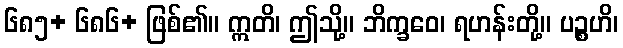
၆၈၅+ ၆၈၆+ ဖြစ်၏။ ဣတိ၊ ဤသို့။ ဘိက္ခဝေ၊ ရဟန်းတို့။ ပဉ္စဟိ၊